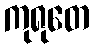
ကုရုတေ